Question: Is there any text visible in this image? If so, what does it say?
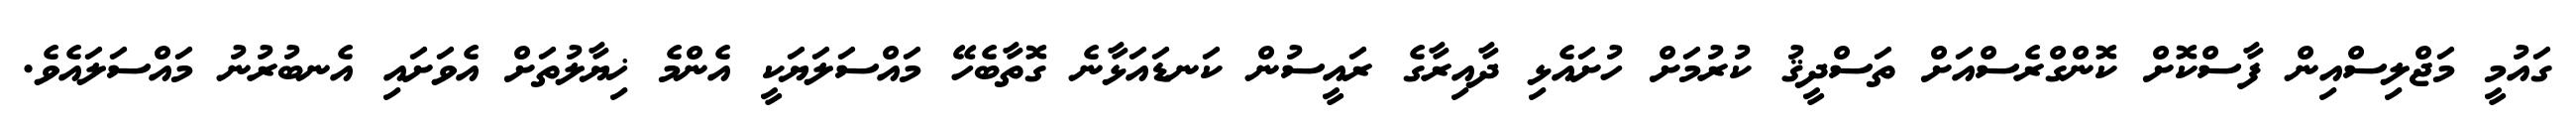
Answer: ގައުމީ މަޖްލިސްއިން ފާސްކޮށް ކޮންގްރެސްއަށް ތަސްދީޤު ކުރުމަށް ހުށައެޅި ދާއިރާގެ ރައީސުން ކަނޑައަޅާނެ ގޮތާބެހޭ މައްސަލަޔަކީ އެންމެ ޚިޔާލުތަށް އެވަށައި އެނބުރުނު މައްސަލައެވެ.